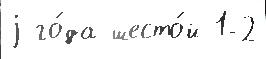
j го́да шесто́й 1-2